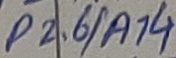
Text: P2.6/A14